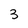
Character: 3